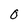
Character: O